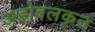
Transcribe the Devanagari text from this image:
अहोबलकृत